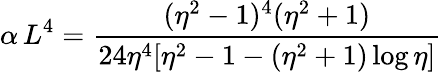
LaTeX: \alpha\, L^{4}=\frac{(\eta^{2}-1)^{4}(\eta^{2}+1)}{24\eta^{4}[\eta^{2}-1-(\eta^{2}+1)\log{\eta}]}